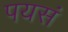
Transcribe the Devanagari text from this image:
पयसं